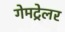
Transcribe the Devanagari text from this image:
गेमट्रेलर